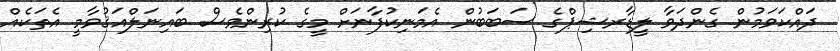
ދައްކަވަމުން ގެންދަވާ ލީޑާރޝިޕްގެ ސަބަބުން އެމަނިކުފާނަށް މީގެ ކުރިންވެސް ބައިނަލްއަޤުވާމީ އެތަކެއް